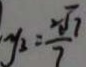
y _ { 3 } = \frac { 2 \sqrt { 7 } } { 7 }